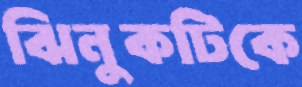
ঝিনুকটিকে